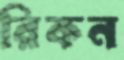
রিকন